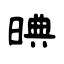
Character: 晪